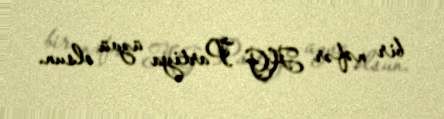
bir nəfər AG Partiya üzvü olsun.